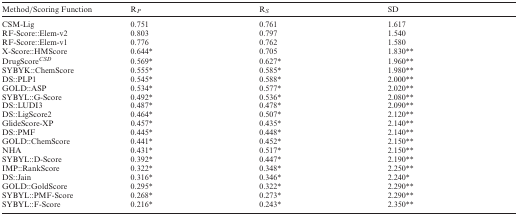
| Method/Scoring Function | RP | RS | SD |
 | --- | --- | --- | --- |
 | CSM-Lig | 0.751 | 0.761 | 1.617 |
 | RF-Score::Elem-v2 | 0.803 | 0.797 | 1.540 |
 | RF-Score::Elem-v1 | 0.776 | 0.762 | 1.580 |
 | X-Score::HMScore | 0.644* | 0.705 | 1.830** |
 | DrugScoreCSD | 0.569* | 0.627* | 1.960** |
 | SYBYK::ChemScore | 0.555* | 0.585* | 1.980** |
 | DS::PLP1 | 0.545* | 0.588* | 2.000** |
 | GOLD::ASP | 0.534* | 0.577* | 2.020** |
 | SYBYL::G-Score | 0.492* | 0.536* | 2.080** |
 | DS::LUDI3 | 0.487* | 0.478* | 2.090** |
 | DS::LigScore2 | 0.464* | 0.507* | 2.120** |
 | GlideScore-XP | 0.457* | 0.435* | 2.140** |
 | DS::PMF | 0.445* | 0.448* | 2.140** |
 | GOLD::ChemScore | 0.441* | 0.452* | 2.150** |
 | NHA | 0.431* | 0.517* | 2.150** |
 | SYBYL::D-Score | 0.392* | 0.447* | 2.190** |
 | IMP::RankScore | 0.322* | 0.348* | 2.250** |
 | DS::Jain | 0.316* | 0.346* | 2.240* |
 | GOLD::GoldScore | 0.295* | 0.322* | 2.290** |
 | SYBYL::PMF-Score | 0.268* | 0.273* | 2.290** |
 | SYBYL::F-Score | 0.216* | 0.243* | 2.350** |